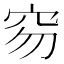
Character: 𥤽